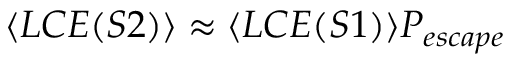
\langle L C E ( S 2 ) \rangle \approx \langle L C E ( S 1 ) \rangle P _ { e s c a p e }